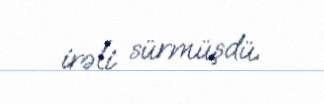
irəli sürmüşdü.